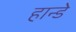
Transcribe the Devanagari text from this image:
हान्डे